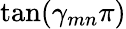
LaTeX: \tan(\gamma_{mn}\pi)